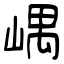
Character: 嵎